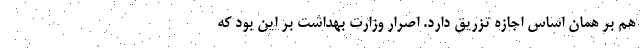
هم بر همان اساس اجازه تزریق دارد. اصرار وزارت بهداشت بر این بود که